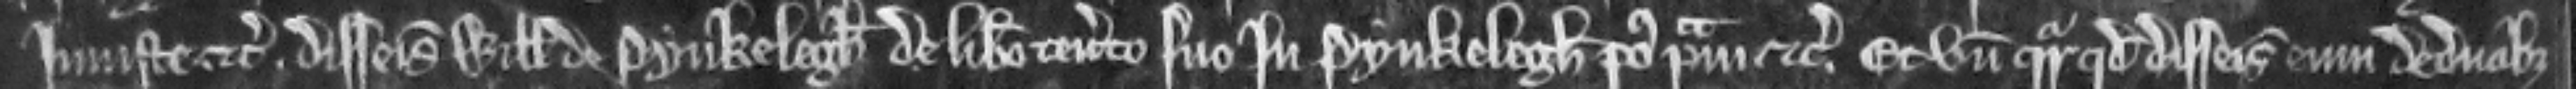
injuste etc. disseisiverunt Willelmum de Pynkelegh de libero tenemento suo in Pynkelegh post primam etc. Et unde queritur quod disseisiverunt eum de duabus